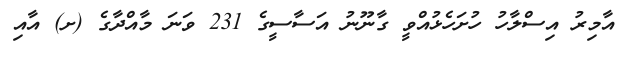
އާމިރު އިސްލާހު ހުށަހެޅުއްވީ ގާނޫނު އަސާސީގެ 231 ވަނަ މާއްދާގެ (ށ) އާއި